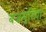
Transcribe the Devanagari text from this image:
बज्रमुरिया